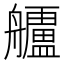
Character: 𮎗